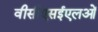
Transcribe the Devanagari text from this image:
वीसीएसईएलओं